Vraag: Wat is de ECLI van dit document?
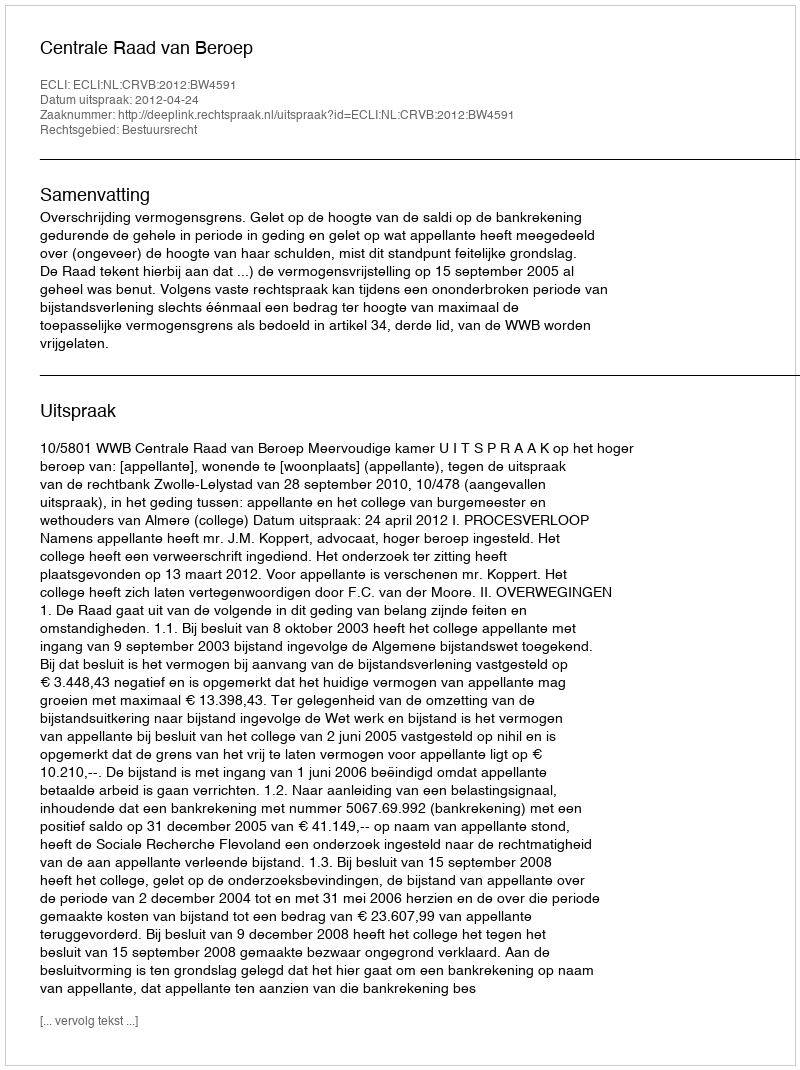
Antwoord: ECLI:NL:CRVB:2012:BW4591